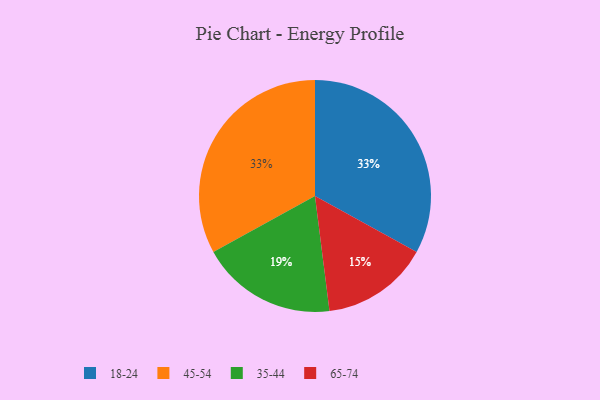
{"axis": {"x": "Category", "y": "Percentage"}, "legend": ["18-24", "35-44", "45-54", "65-74"], "data": [{"x": "18-24", "y": 33, "type": "18-24"}, {"x": "35-44", "y": 19, "type": "35-44"}, {"x": "65-74", "y": 15, "type": "65-74"}, {"x": "45-54", "y": 33, "type": "45-54"}]}